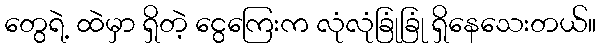
တွေရဲ့ ထဲမှာ ရှိတဲ့ ငွေကြေးက လုံလုံခြုံခြုံ ရှိနေသေးတယ်။